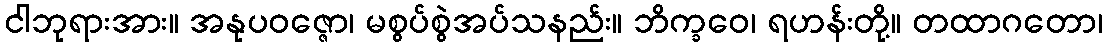
ငါဘုရားအား။ အနုပဝဇ္ဇော၊ မစွပ်စွဲအပ်သနည်း။ ဘိက္ခဝေ၊ ရဟန်းတို့။ တထာဂတော၊